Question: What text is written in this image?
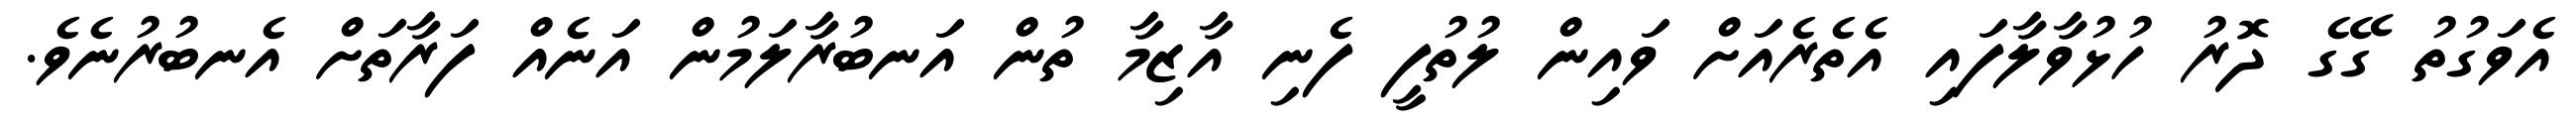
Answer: އެވަގުތު ގޭގެ ދޮރު ހުޅުވާލާފައި އެތެރެއަށް ވައިން ލުތުފީ ފެނި އާޒިމާ ތުން އަނބުރާލަމުން އަނެއް ފަރާތަށް އެނބުރުނެވެ.